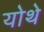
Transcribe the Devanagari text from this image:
योथे